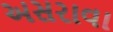
અસરાવા